Annual administration and progress report of the Indian Medical Department, Bombay
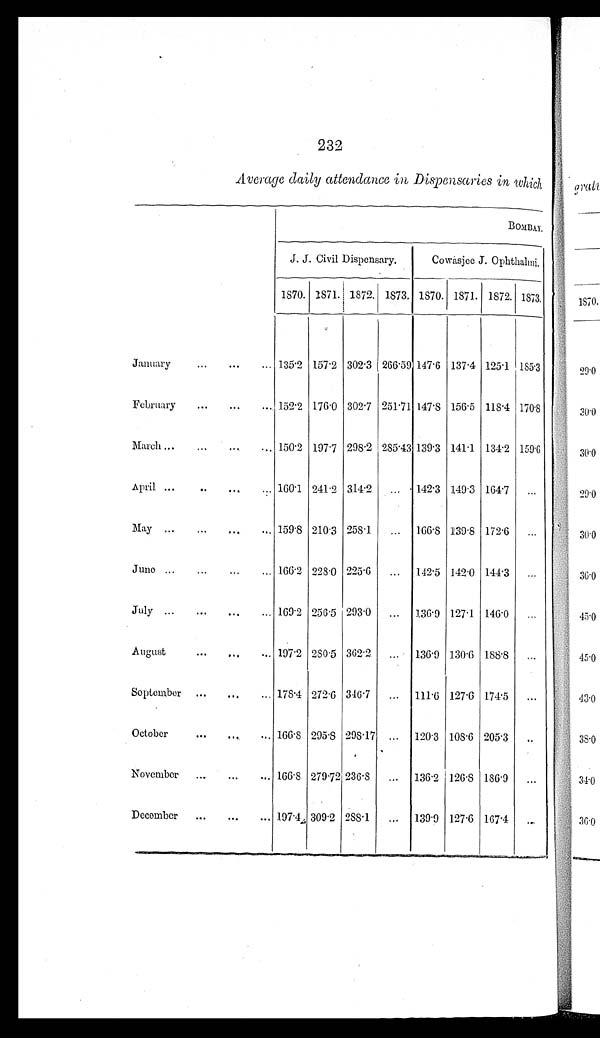
232
Average daily attendance in Dispensaries in which
BOMBAY.
J. J. Civil Dispensary.
Cowasjee J. Ophthalmi.
1870. 1871. 1872. 1873. 1870. 1871. 1872. 1873.
January
... ... ... 135.2 157.2 302.3 266.59 147.6 137.4 125.1 185.3
February ... ... ... 152.2 176.0 302.7 251.71 147.8 156.5 118.4 170.8
March ... ... .... ... 150.2 197.7 298.2 285.43 139.3 141.1 134.2 159.6
April ...
.. ... ... 160.1 241.2 314.2 ... 142.3 149.3 164.7 ...
May ...
... ... 159.8 210.3 258.1 ... 166.8 139.8 172.6 ...
June ... ... ...
166.2 228.0 225.6 ... 142.5 142.0 144.3 ...
July ... ... ... ... 169.2 256.5 293.0 ... 136.9 127.1 146.0 ...
August
... ... ... 197.2 280.5 362.2 ...
136.9 130.6 188.8 ...
September ... ... ... 178.4 272.6 346.7 ... 111.6 127.6 174.5 ...
October
... ... ... 166.8 295.8 298.17 ...
120.3 108.6 205.3 ..
November ... ... ...
166.8 279.72 236.8 ... 136.2 126.8 186.9 ...
December ... ... ... 197.4 309.2 288.1 ... 139.9 127.6 167.4 ...